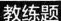
教练题